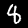
Label: 8